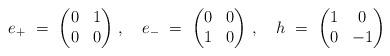
LaTeX: \begin{align*}e_+\ = \ \begin{pmatrix} 0 & 1 \\ 0 & 0 \end{pmatrix}\,,\ \ \ e_-\ = \ \begin{pmatrix} 0 & 0 \\ 1 & 0 \end{pmatrix}\,,\ \ \ h\ = \ \begin{pmatrix} 1 & 0 \\ 0 & -1 \end{pmatrix}\end{align*}